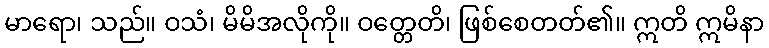
မာရော၊ သည်။ ဝသံ၊ မိမိအလိုကို။ ဝတ္တေတိ၊ ဖြစ်စေတတ်၏။ ဣတိ ဣမိနာ